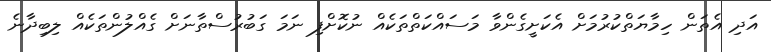
އަދި އެތަން ހިމާޔަތްކުރުމަށް އެކަށީގެންވާ މަސައްކަތްތަކެއް ނުކޮށްފި ނަމަ ގަބުރުސްތާނަށް ގެއްލުންތަކެއް ލިބިދާނެ